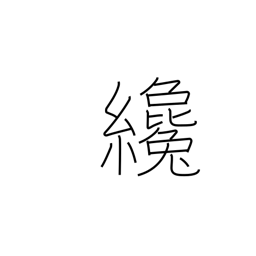
Meaning: a little